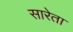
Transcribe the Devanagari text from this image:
सारेता